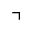
\urcorner